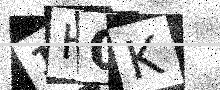
Text: 1H0K